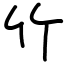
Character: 竹